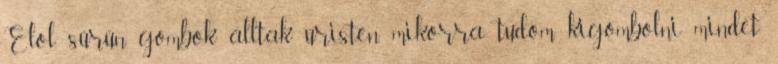
Elöl sűrűn gombok álltak úristen mikorra tudom kigombolni mindet